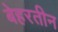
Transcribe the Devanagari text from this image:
बेहरतीन